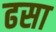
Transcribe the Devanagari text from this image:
ढसा